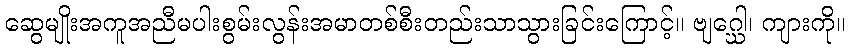
ဆွေမျိုးအကူအညီမပါးစွမ်းလွန်းအမာတစ်စီးတည်းသာသွားခြင်းကြောင့်။ ဗျဂ္ဃေါ၊ ကျားကို။